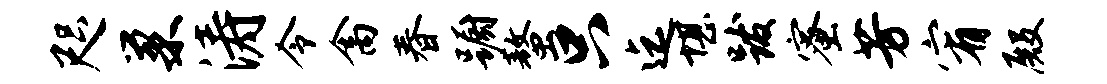
咫巢涛令禽春蹰螯只迄堪跋蜜芳宥殿